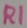
Text: R1